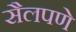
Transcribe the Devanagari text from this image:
सैलपणे